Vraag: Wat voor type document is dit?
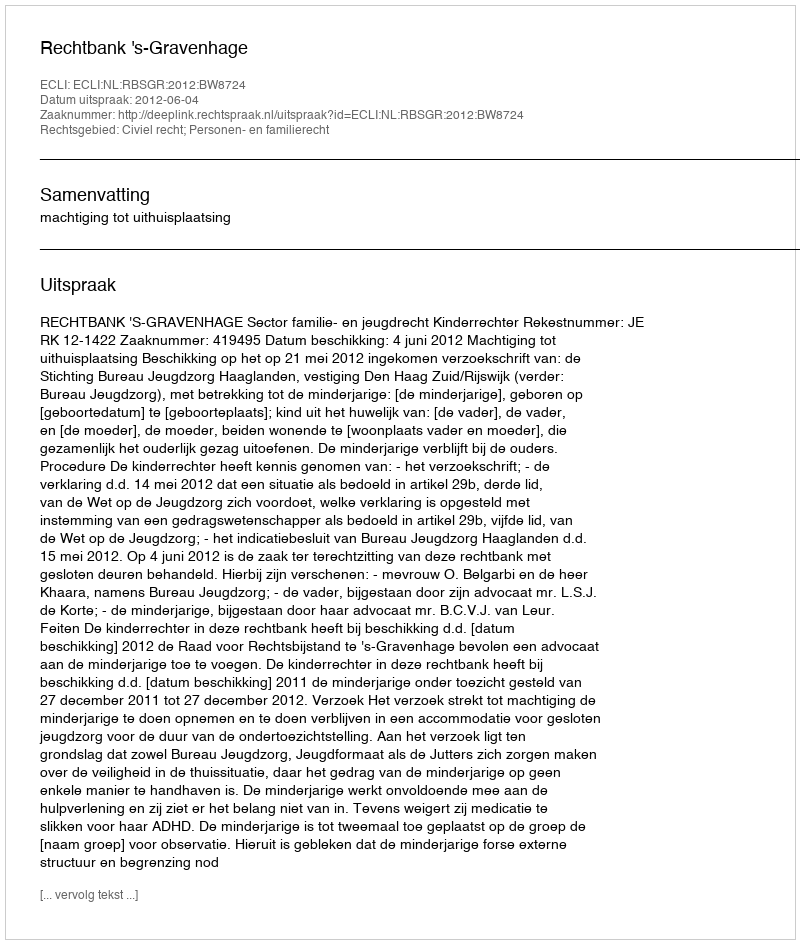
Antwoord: Uitspraak